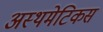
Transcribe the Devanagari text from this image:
अस्थमेटिकस